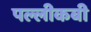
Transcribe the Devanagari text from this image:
पल्लीकबी